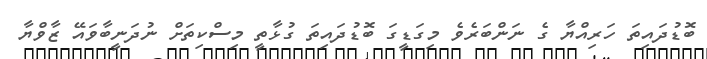
ބޮޑުދައިތަ ހަރިއްޔާ ގެ ނަންބަރެވެ މިގަޑީގަ ބޮޑުދައިތަ ގުޅާތީ މިސްކިތަށް ނުދަނީބާވައޭ ޒާވްޔާ